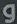
و